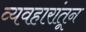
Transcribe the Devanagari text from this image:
व्यवहारांतून